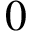
0